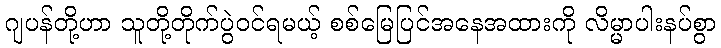
ဂျပန်တို့ဟာ သူတို့တိုက်ပွဲဝင်ရမယ့် စစ်မြေပြင်အနေအထားကို လိမ္မာပါးနပ်စွာ